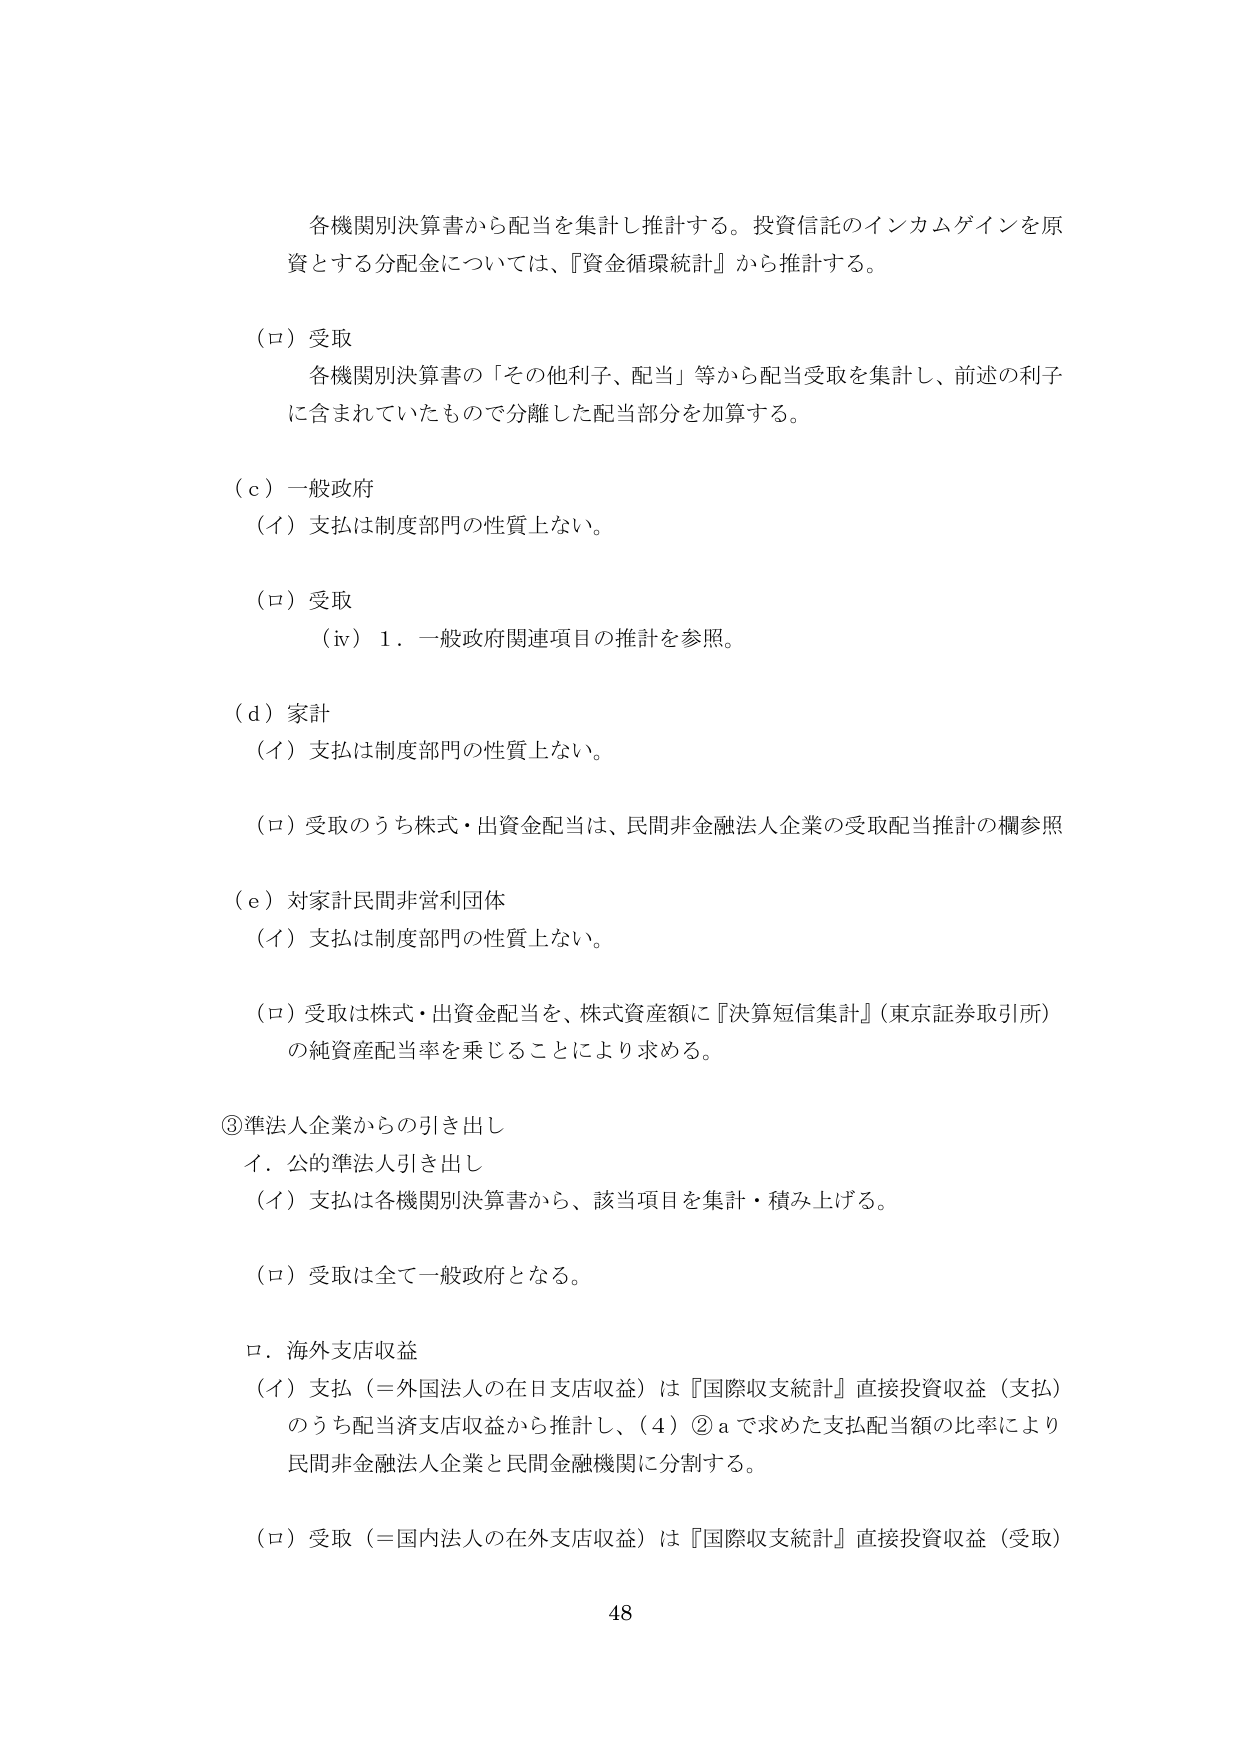
各機関別決算書から配当を集計し推計する。投資信託のインカムゲインを原資とする分配金については、『資金循環統計』から推計する。

（ロ）受取
各機関別決算書の「その他利子、配当」等から配当受取を集計し、前述の利子に含まれていたもので分離した配当部分を加算する。

（ｃ）一般政府
（イ）支払は制度部門の性質上ない。

（ロ）受取
（iv）1．一般政府関連項目の推計を参照。

（ｄ）家計
（イ）支払は制度部門の性質上ない。

（ロ）受取のうち株式・出資金配当は、民間非金融法人企業の受取配当推計の欄参照

（ｅ）対家計民間非営利団体
（イ）支払は制度部門の性質上ない。

（ロ）受取は株式・出資金配当を、株式資産額に『決算短信集計』（東京証券取引所）の純資産配当率を乗じることにより求める。

③準法人企業からの引き出し
イ．公的準法人引き出し
（イ）支払は各機関別決算書から、該当項目を集計・積み上げる。

（ロ）受取は全て一般政府となる。

ロ．海外支店収益
（イ）支払（＝外国法人の在日支店収益）は『国際収支統計』直接投資収益（支払）のうち配当済支店収益から推計し、（4）②aで求めた支払配当額の比率により民間非金融法人企業と民間金融機関に分割する。

（ロ）受取（＝国内法人の在外支店収益）は『国際収支統計』直接投資収益（受取）

48